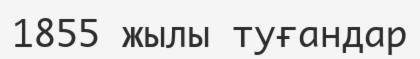
1855 жылы туғандар